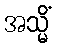
အသ္မိံ